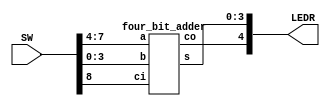
//4-bit ripple carry adder 

//inputs
//SW[8]:		 carry in
//SW[7:4]:		 A
//SW[3:0]:		 B

//output
//LEDR[3:0]:	 A+B


module four_bit_ripple_carry_adder(LEDR, SW);
	input [9:0] SW;
	output [9:0] LEDR;
	
	four_bit_adder fba0(
				.a(SW[7:4]),
				.b(SW[3:0]),
				.ci(SW[8]),
				.co(LEDR[4]),
				.s(LEDR[3:0])
				);
	
endmodule

module four_bit_adder(a, b, ci, co, s);
	input [3:0] a, b;
	input ci;
	output co;
	output [3:0] s;
	wire c1;
	wire c2;
	wire c3;
	
	fa u0(
		.a(a[0]),
		.b(b[0]),
		.ci(ci),
		.s(s[0]),
		.co(c1)
	);
	
	fa u1(
		.a(a[1]),
		.b(b[1]),
		.ci(c1),
		.s(s[1]),
		.co(c2)
	);
	
	fa u2(
		.a(a[2]),
		.b(b[2]),
		.ci(c2),
		.s(s[2]),
		.co(c3)
	);
	
	fa u3(
		.a(a[3]),
		.b(b[3]),
		.ci(c3),
		.s(s[3]),
		.co(co)
	);
endmodule

module fa(a,b,ci,co,s); //full adder
	input a;
	input b;
	input ci;
	output co;
	output s;
	
	wire c1;
	assign c1 = a ^ b;
	assign s = c1 ^ ci;
	
	mux2to1 mux(
		.x(b), 
		.y(ci),
		.s(c1),
		.m(co)
		);
endmodule

module mux2to1(x, y, s, m);
    input x; 
    input y; 
    input s; 
    output m; 
  
    assign m = s & y | ~s & x;

endmodule